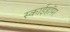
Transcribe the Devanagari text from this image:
स्काईहॉपर